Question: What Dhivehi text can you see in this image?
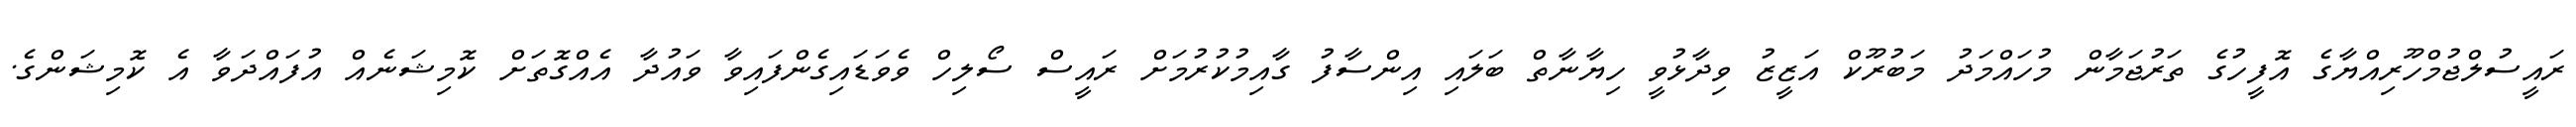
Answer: ރައީސުލްޖުމްހޫރިއްޔާގެ އޮފީހުގެ ތަރުޖަމާން މުހައްމަދު މަބުރޫކް އަޒީޒު ވިދާޅުވީ ހިޔާނާތް ބަލައި އިންސާފު ގާއިމުކުރުމަށް ރައީސް ސޯލިހް ވެވަޑައިގެންފައިވާ ވައުދާ އެއްގޮތަށް ކޮމިޝަނެއް އުފައްދަވާ އެ ކޮމިޝަންގެ.